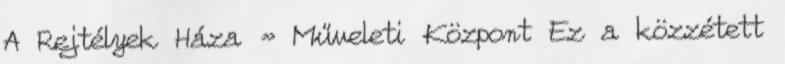
A Rejtélyek Háza » Műveleti Központ Ez a közzétett